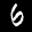
Label: 6